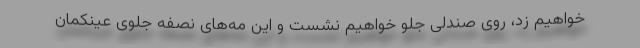
خواهیم زد، روی صندلی جلو خواهیم نشست و این مه‌های نصفه جلوی عینکمان